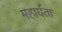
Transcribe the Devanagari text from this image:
महार्घता